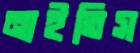
নাইতিস